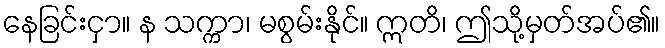
နေခြင်းငှာ။ န သက္ကာ၊ မစွမ်းနိုင်။ ဣတိ၊ ဤသို့မှတ်အပ်၏။